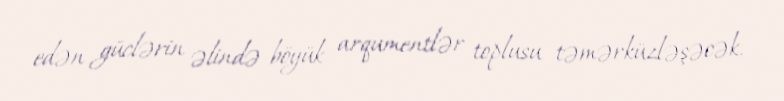
edən güclərin əlində böyük arqumentlər toplusu təmərküzləşəcək.